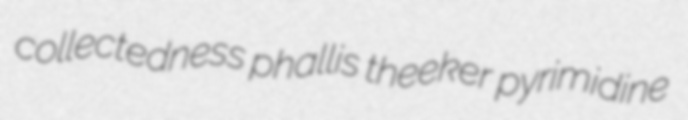
collectedness phallis theeker pyrimidine